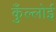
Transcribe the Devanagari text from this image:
कुँल्लोई